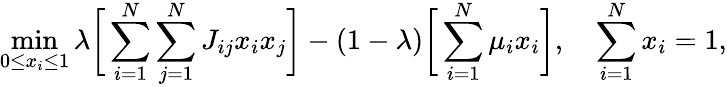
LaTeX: \operatorname*{min}_{0\le x_{i}\le 1}\lambda\bigg[\sum_{i=1}^{N}\sum_{j=1}^{N}J_{ij}x_{i}x_{j}\bigg]-(1-\lambda)\bigg[\sum_{i=1}^{N}\mu_{i}x_{i}\bigg],\quad\sum_{i=1}^{N}x_{i}=1,